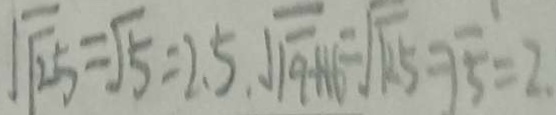
\sqrt { \sqrt { 2 5 } } = \sqrt { 5 } = 2 . 5 . \sqrt { \sqrt { 9 + 1 6 } } = \sqrt { \sqrt { 2 5 } } = \sqrt { 5 } = 2 .